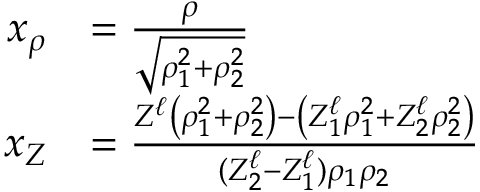
\begin{array} { r l } { x _ { \rho } } & { = \frac { \rho } { \sqrt { \rho _ { 1 } ^ { 2 } + \rho _ { 2 } ^ { 2 } } } } \\ { x _ { Z } } & { = \frac { Z ^ { \ell } \left( \rho _ { 1 } ^ { 2 } + \rho _ { 2 } ^ { 2 } \right) - \left( Z _ { 1 } ^ { \ell } \rho _ { 1 } ^ { 2 } + Z _ { 2 } ^ { \ell } \rho _ { 2 } ^ { 2 } \right) } { ( Z _ { 2 } ^ { \ell } - Z _ { 1 } ^ { \ell } ) \rho _ { 1 } \rho _ { 2 } } } \end{array}